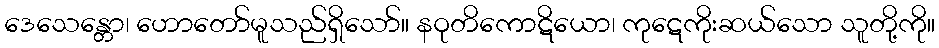
ဒေသေန္တော၊ ဟောတော်မူသည်ရှိသော်။ နဝုတိကောဋိယော၊ ကုဋေကိုးဆယ်သော သူတို့ကို။